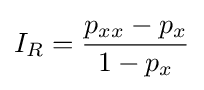
I_{R}={\frac {p_{xx}-p_{x}}{1-p_{x}}}